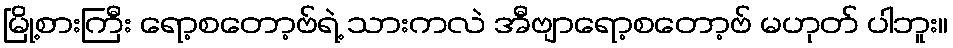
မြို့စားကြီး ရော့စတော့ဗ်ရဲ့ သားကလဲ အီဗျာရော့စတော့ဗ် မဟုတ် ပါဘူး။